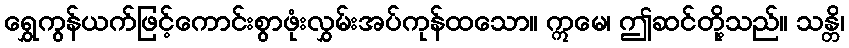
ရွှေကွန်ယက်ဖြင့်ကောင်းစွာဖုံးလွှမ်းအပ်ကုန်ထသော။ ဣမေ၊ ဤဆင်တို့သည်။ သန္တိ၊